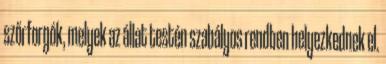
szőrforgók, melyek az állat testén szabályos rendben helyezkednek el.